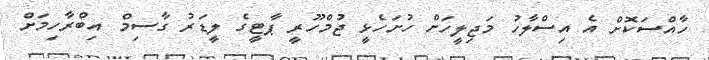
ހާއްސަކޮށް އެ އިސްލާހު މަޖިލީހަށް ހުށަހެޅީ ޖުމްހޫރީ ޕާޓީގެ ލީޑަރު ގާސިމް އިބްރާހިމަށް